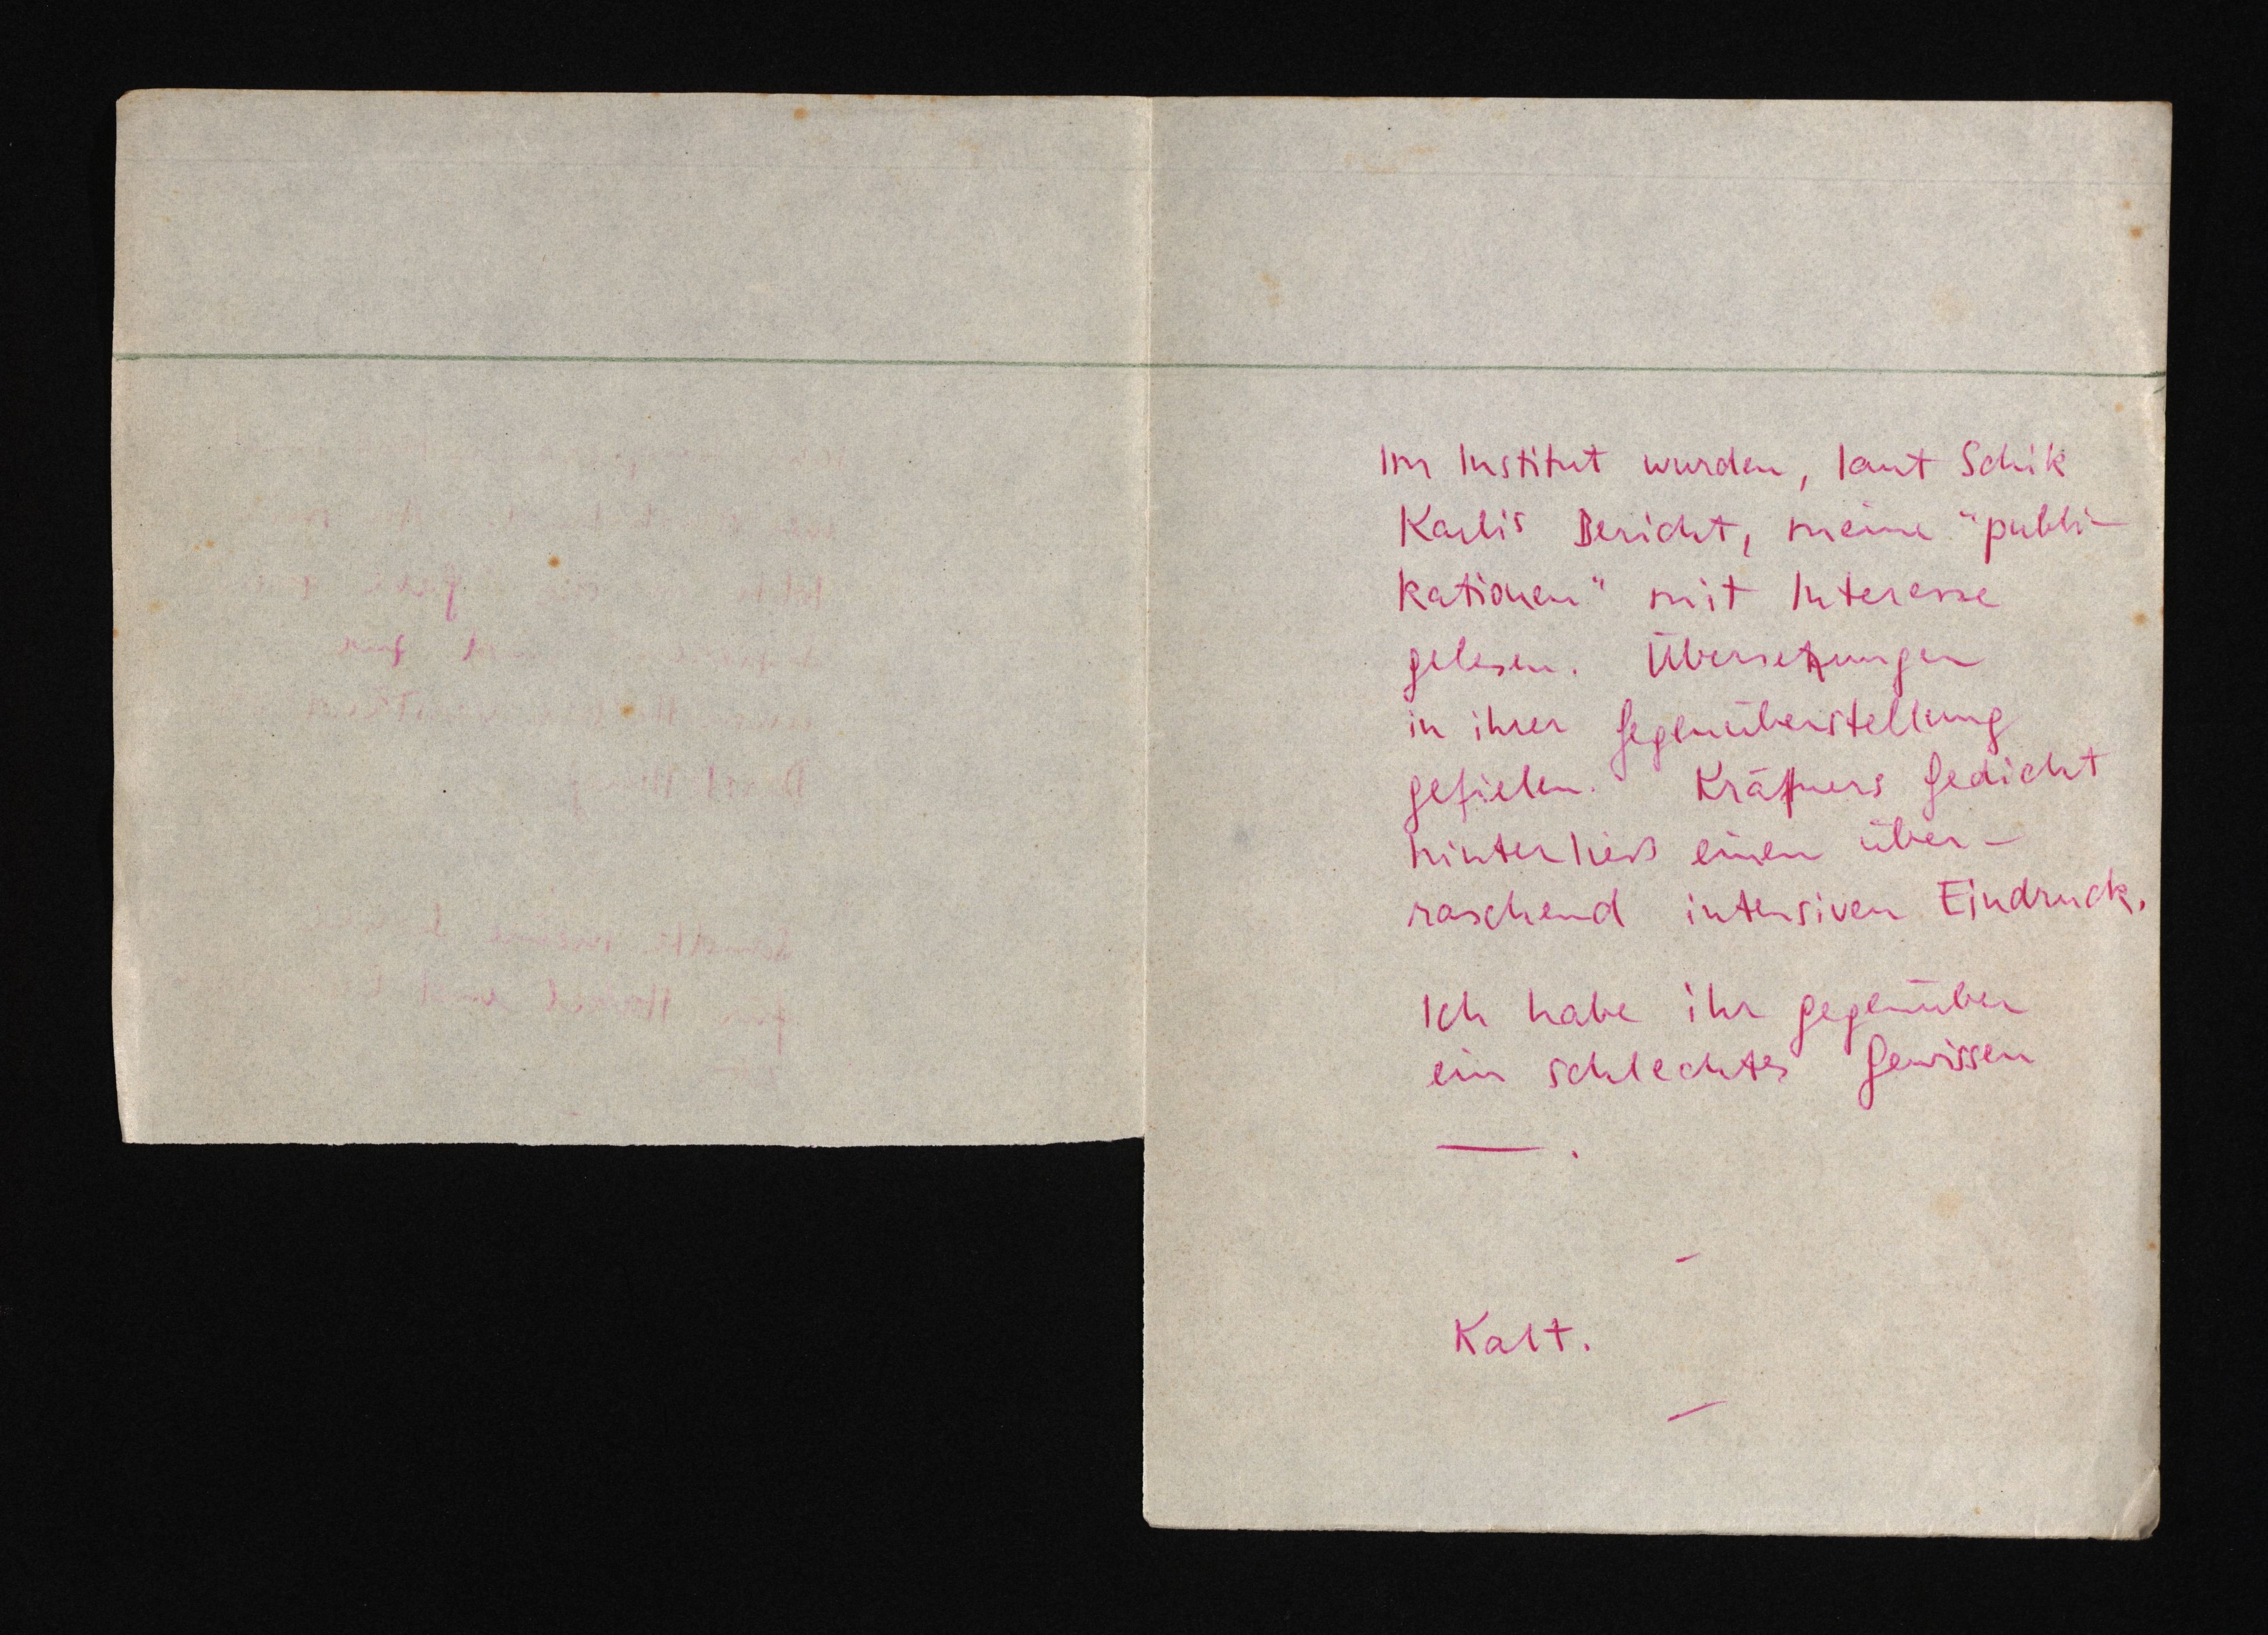
Im Institut wurden, laut Schik
Karlis Bericht, meine "publi¬
kationen" mit Interesse
gelesen. Übersetzungen
in ihrer Gegenüberstellung
gefielen. Kräftners Gedicht
hinterließ einen über¬
raschend intensiven Eindruck.
Ich habe ihr gegenüber
ein schlechtes Gewissen
Kalt.